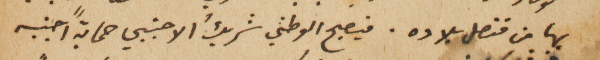
بها من قنصل بلاده. فيصبح الوطني شريكُ الاجنبي حمايةً اجنبيه